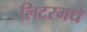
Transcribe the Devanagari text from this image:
लिटरमधे